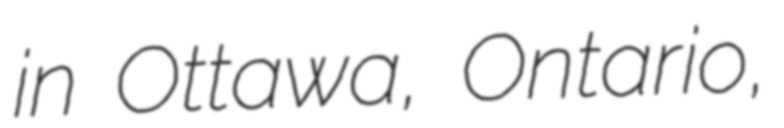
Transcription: in Ottawa, Ontario,